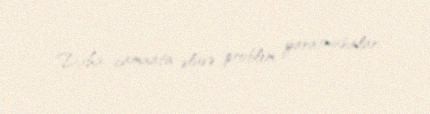
Daha camaata əlavə problem yaratmasınlar.